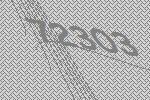
72303